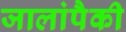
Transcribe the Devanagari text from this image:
जालांपैकी